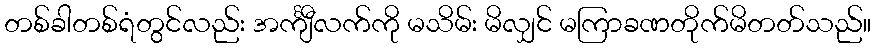
တစ်ခါတစ်ရံတွင်လည်း အင်္ကျီလက်ကို မသိမ်း မိလျှင် မကြာခဏတိုက်မိတတ်သည်။